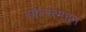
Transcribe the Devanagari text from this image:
स्क्वेअरमधून